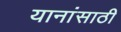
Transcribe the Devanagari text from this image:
यानांसाठी